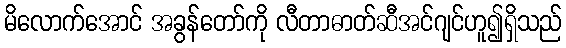
မိလောက်အောင် အခွန်တော်ကို လီတာဓာတ်ဆီအင်ဂျင်ဟူ၍ရှိသည်